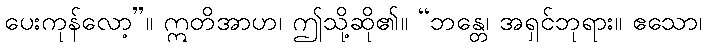
ပေးကုန်လော့”။ ဣတိအာဟ၊ ဤသို့ဆို၏။ “ဘန္တေ၊ အရှင်ဘုရား။ ဧသော၊